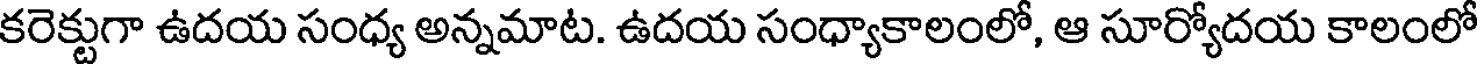
కరెక్టుగా ఉదయ సంధ్య అన్నమాట. ఉదయ సంధ్యాకాలంలో, ఆ సూర్యోదయ కాలంలో